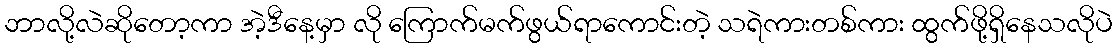
ဘာလို့လဲဆိုတော့ကာ အဲ့ဒီနေ့မှာ လို ကြောက်မက်ဖွယ်ရာကောင်းတဲ့ သရဲကားတစ်ကား ထွက်ဖို့ရှိနေသလိုပဲ